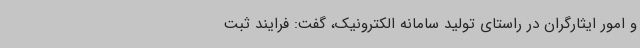
و امور ایثارگران در راستای تولید سامانه الکترونیک، گفت: فرایند ثبت